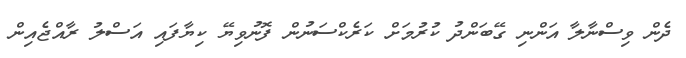
ދެން ވިސްނާލާ އަންނި ގޭބަންދު ކުރުމަށް ކަރެކްސަނުން ފޮނުވިޔޭ ކިޔާފައި އަސްލު ރާއްޖެއިން